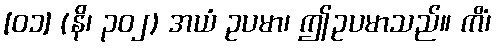
[၀၁] (နိ၊ ၃၀၂) အယံ ဥပမာ၊ ဤဥပမာသည်။ ကိံ၊